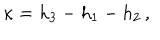
\kappa = h _ { 3 } - h _ { 1 } - h _ { 2 } \, ,